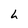
Character: h